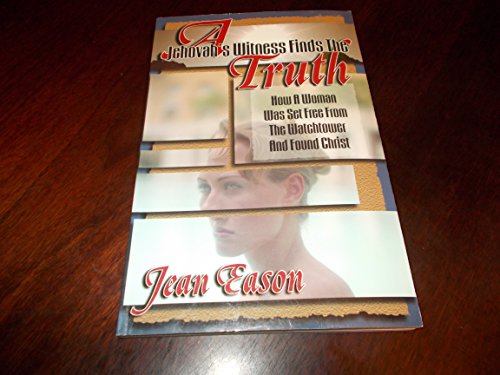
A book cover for Jehovah's Witness Finds the Truth; Jean Eason; Christian Books & Bibles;